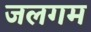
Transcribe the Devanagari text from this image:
जलगम